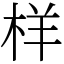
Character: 样